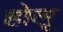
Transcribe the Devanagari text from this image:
होलू